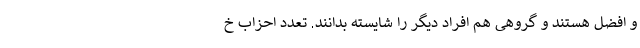
و افضل هستند و گروهی هم افراد دیگر را شایسته بدانند. تعدد احزاب خ